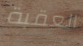
العقبة